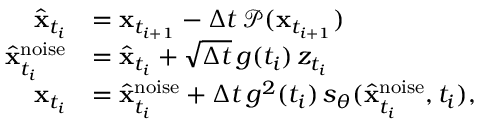
\begin{array} { r l } { \hat { \mathbf { x } } _ { t _ { i } } } & { = \mathbf { x } _ { t _ { i + 1 } } - \Delta t \, \mathcal { P } ( \mathbf { x } _ { t _ { i + 1 } } ) } \\ { \hat { \mathbf { x } } _ { t _ { i } } ^ { \mathrm { n o i s e } } } & { = \hat { \mathbf { x } } _ { t _ { i } } + \sqrt { \Delta t } \, g ( t _ { i } ) \, z _ { t _ { i } } } \\ { \mathbf { x } _ { t _ { i } } } & { = \hat { \mathbf { x } } _ { t _ { i } } ^ { \mathrm { n o i s e } } + \Delta t \, g ^ { 2 } ( t _ { i } ) \, s _ { \theta } ( \hat { \mathbf { x } } _ { t _ { i } } ^ { \mathrm { n o i s e } } , t _ { i } ) , } \end{array}